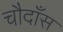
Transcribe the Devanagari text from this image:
चौदाँस